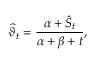
\widehat { \vartheta } _ { t } = \frac { \alpha + \hat { S } _ { t } } { \alpha + \beta + t } ,